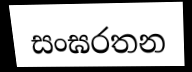
සංඝරතන